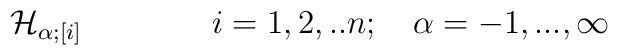
{\cal H}_{\alpha ; [i]} \qquad \qquad i=1,2,..n; \quad\alpha=-1,...,\infty